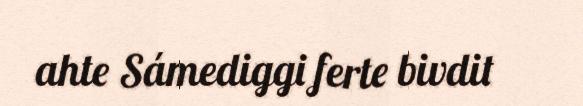
ahte Sámediggi ferte bivdit